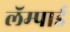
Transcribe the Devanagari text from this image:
लॅम्पार्ड